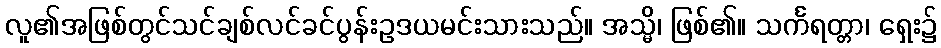
လူ၏အဖြစ်တွင်သင်ချစ်လင်ခင်ပွန်းဥဒယမင်းသားသည်။ အသ္မိ၊ ဖြစ်၏။ သင်္ကရတ္တာ၊ ရှေး၌